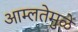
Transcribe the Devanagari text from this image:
आम्लतेमुळे